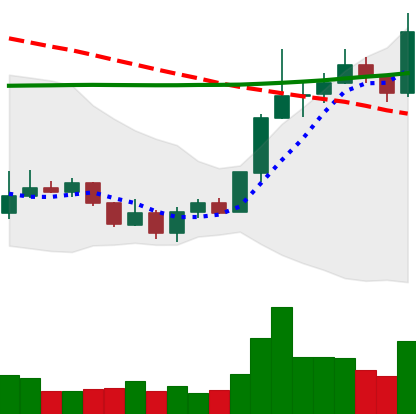
Ticker: LINK-USD
Chart end date: 2020-01-14
Forward return: 9.583%
Label: up_7plus